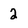
Character: 2